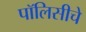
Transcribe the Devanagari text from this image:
पॉलिसीचे